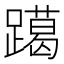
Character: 𨆍